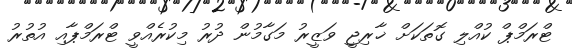
ޓްރަމްޕް ކުއްލި ގޮތަކަށް ޚާރިޖީ ވަޒީރު މަގާމުން ދުރު މިކުރެއްވީ ޓްރަމްޕާއި އުތުރު